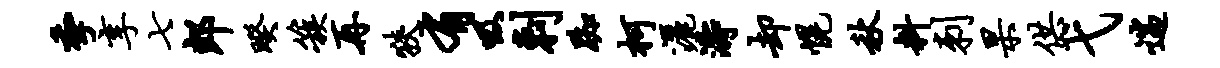
季享七郎暌簇再狭有吸剌踟柯洒涛却幌秋料刺杲供弋遄